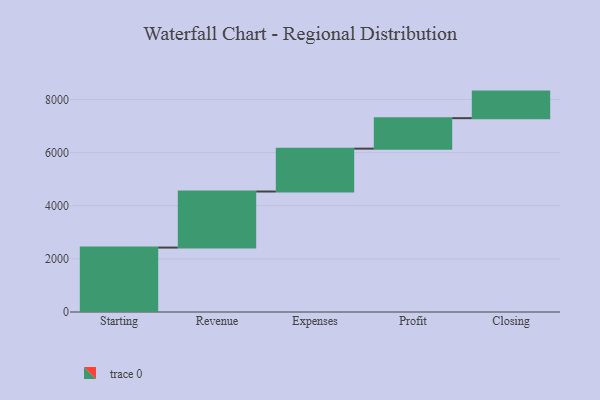
{"axis": {"x": "Step", "y": "Value"}, "legend": [""], "data": [{"x": "Starting", "y": 2426.0, "type": ""}, {"x": "Revenue", "y": 2111.0, "type": ""}, {"x": "Expenses", "y": 1614.0, "type": ""}, {"x": "Profit", "y": 1148.0, "type": ""}, {"x": "Closing", "y": 1000, "type": ""}]}